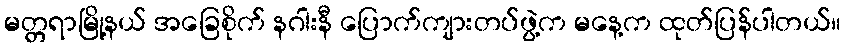
မတ္တရာမြို့နယ် အခြေစိုက် နဂါးနီ ပြောက်ကျားတပ်ဖွဲ့က မနေ့က ထုတ်ပြန်ပါတယ်။